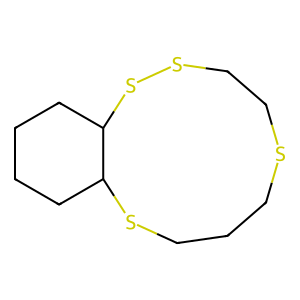
SMILES: C1CSCCSSC2CCCCC2SC1
Inhibits HIV replication: No